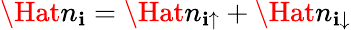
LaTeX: \Hat{n}_{\mathbf{i}}=\Hat{n}_{\mathbf{i}\uparrow}+\Hat{n}_{\mathbf{i}\downarrow}